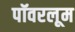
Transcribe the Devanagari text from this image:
पॉवरलूम